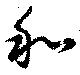
和